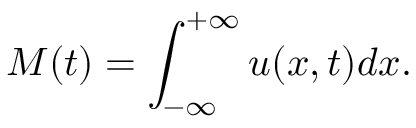
M ( t ) = \int _ { - \infty } ^ { + \infty } u ( x , t ) d x .